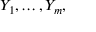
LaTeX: Y _ { 1 } , \dots , Y _ { m } ,